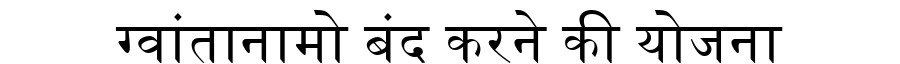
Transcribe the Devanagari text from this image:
ग्वांतानामो बंद करने की योजना